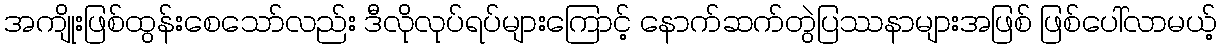
အကျိုးဖြစ်ထွန်းစေသော်လည်း ဒီလိုလုပ်ရပ်များကြောင့် နောက်ဆက်တွဲပြဿနာများအဖြစ် ဖြစ်ပေါ်လာမယ့်